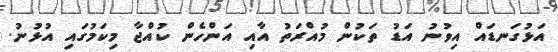
އަޅުގަނޑައް އިވުނު އަޑު ތަކުން މުއްރަތު އާއި އަންހެން ކުއްޖާ މިކަމުގައި އުޅުނު.